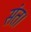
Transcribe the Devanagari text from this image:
संत।